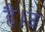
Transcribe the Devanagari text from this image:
है।उ